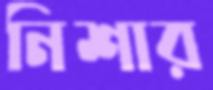
নিশার